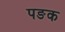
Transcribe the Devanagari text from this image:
पङक